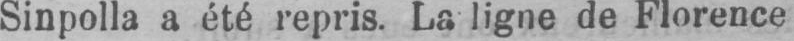
Sinpolla a été repris. La ligne de Florence